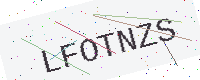
Text: LFOTNZS